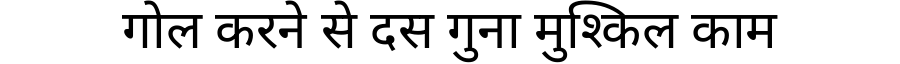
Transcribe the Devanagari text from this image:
गोल करने से दस गुना मुश्किल काम